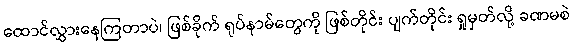
ထောင်လွှားနေကြတာပဲ၊ ဖြစ်ခိုက် ရုပ်နာမ်တွေကို ဖြစ်တိုင်း ပျက်တိုင်း ရှုမှတ်လို့ ခဏမစဲ